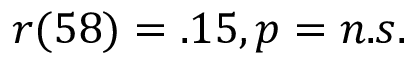
r ( 5 8 ) = . 1 5 , p = n . s .